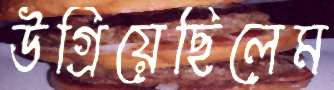
উগ্‌রিয়েছিলেম